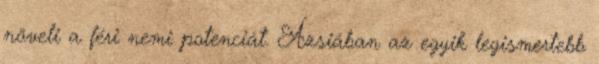
növeli a féri nemi potenciát. Ázsiában az egyik legismertebb